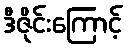
ဒီဇိုင်းကြောင့်